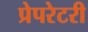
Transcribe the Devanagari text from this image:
प्रेपरेटरी